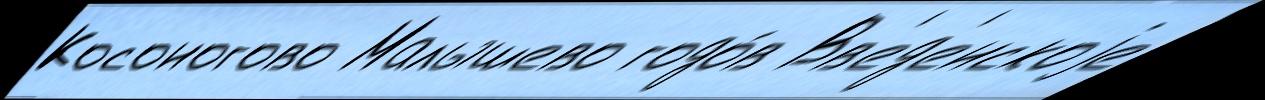
Косоногово Малышево годо́в Вв'ед'енскоjе